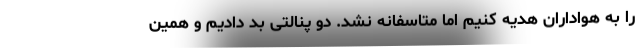
را به هواداران هدیه کنیم اما متاسفانه نشد. دو پنالتی بد دادیم و همین